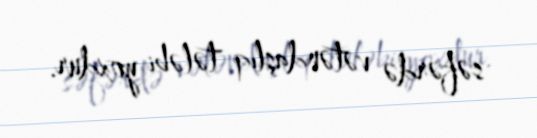
səfərdə vətəndaşlıq tələbi yoxdur.